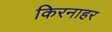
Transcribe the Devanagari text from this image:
किरनाहर